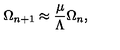
\Omega _ { n + 1 } \approx { \frac { \mu } { \Lambda } } \Omega _ { n } ,